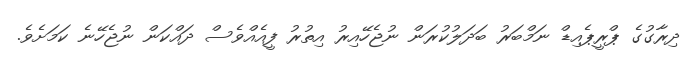
ދިރާގުގެ ޕްރީޕެއިޑް ނަމްބަރު ބަދަލުކުރަން ނުޖެހޭއިރު އިތުރު ފީއެއްވެސް ދައްކަން ނުޖެހޭނެ ކަމަށެވެ.